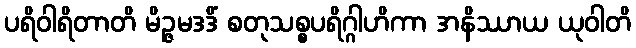
ပရိဝါရိတာတိ မိဉ္ဇမဒဒိံ စတုသစ္စပရိဂ္ဂါဟိကာ အနိဿာယ ယုဝါတိ